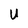
Character: U